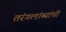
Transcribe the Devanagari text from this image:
तरंगलांब्यांची